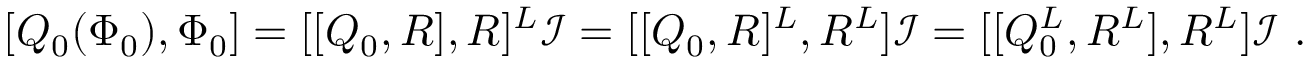
[ Q _ { 0 } ( \Phi _ { 0 } ) , \Phi _ { 0 } ] = [ [ Q _ { 0 } , R ] , R ] ^ { L } \mathcal { I } = [ [ Q _ { 0 } , R ] ^ { L } , R ^ { L } ] \mathcal { I } = [ [ Q _ { 0 } ^ { L } , R ^ { L } ] , R ^ { L } ] \mathcal { I } \ .